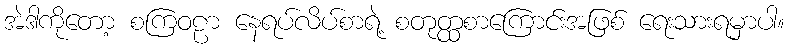
အဲဒါကိုတော့ စကြဝဠာ နေရပ်လိပ်စာရဲ့ စတုတ္ထစာကြောင်းအဖြစ် ရေးသားရမှာပါ။